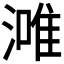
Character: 𣼲